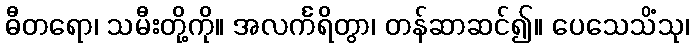
ဓီတရော၊ သမီးတို့ကို။ အလင်္ကရိတွာ၊ တန်ဆာဆင်၍။ ပေသေသိံသု၊